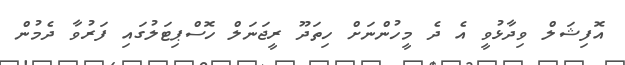
އޮފިޝަލް ވިދާޅުވީ އެ ދެ މީހުންނަށް ހިތަދޫ ރީޖަނަލް ހޮސްޕިޓަލުގައި ފަރުވާ ދެމުން